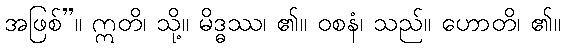
အဖြစ်”။ ဣတိ၊ သို့။ မိဒ္ဓဿ၊ ၏။ ဝစနံ၊ သည်။ ဟောတိ၊ ၏။